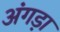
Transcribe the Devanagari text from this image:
अंगड़ा